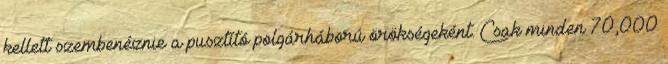
kellett szembenéznie a pusztító polgárháború örökségeként. Csak minden 70,000